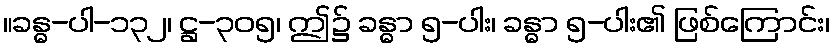
။ခန္ဓ-ပါ-၁၃၂၊ ဋ္ဌ-၃၀၅၊ ဤ၌ ခန္ဓာ ၅-ပါး၊ ခန္ဓာ ၅-ပါး၏ ဖြစ်ကြောင်း၊